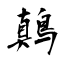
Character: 鷏